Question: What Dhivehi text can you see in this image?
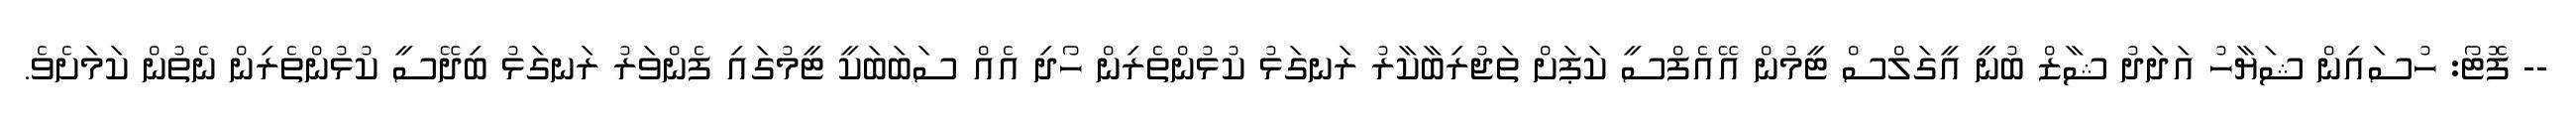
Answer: -- ފޮޓޯ: ހުސައިން ޝަޔާހު އަދަދު ޝާޒް ބުނީ އީގަލްސް ޓީމުން އޭއެފްސީ ކަޕަށް ތަޖުރިބާކާރު ރަނގަޅު ކުޅުންތެރިން ހޯދި އެއް ސަބަބަކީ ޓީމުގައި ފެންވަރު ރަނގަޅު ބިދޭސީ ކުޅުންތެރިން ނެތުން ކަމަށެވެ.